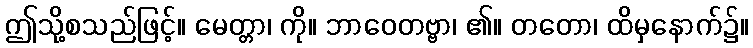
ဤသို့စသည်ဖြင့်။ မေတ္တာ၊ ကို။ ဘာဝေတဗ္ဗာ၊ ၏။ တတော၊ ထိမှနောက်၌။